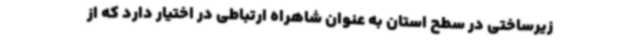
زیرساختی در سطح استان به عنوان شاهراه ارتباطی در اختیار دارد که از